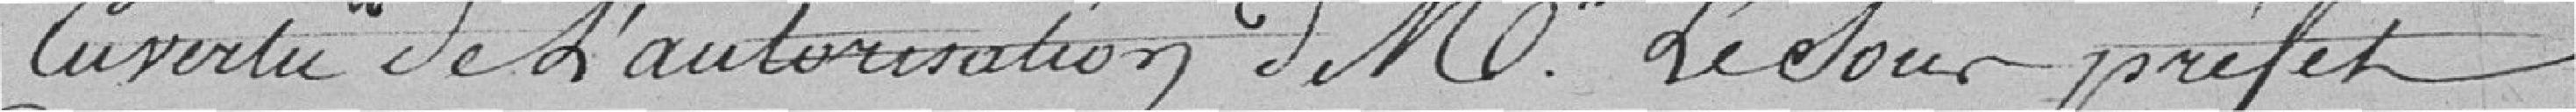
en vertu de l'autorisation de Mr Le Sour préfet